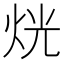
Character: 𤈛